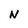
Character: N